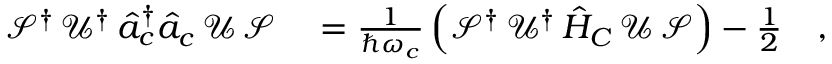
\begin{array} { r l } { \mathcal { S } ^ { \dagger } \, \mathcal { U } ^ { \dagger } \, \hat { a } _ { c } ^ { \dagger } \hat { a } _ { c } \, \mathcal { U } \, \mathcal { S } } & { { } = \frac { 1 } { \hbar \omega _ { c } } \left( \mathcal { S } ^ { \dagger } \, \mathcal { U } ^ { \dagger } \, \hat { H } _ { C } \, \mathcal { U } \, \mathcal { S } \right) - \frac { 1 } { 2 } \quad , } \end{array}